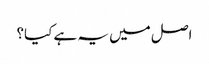
اصل میں یہ ہے کیا؟